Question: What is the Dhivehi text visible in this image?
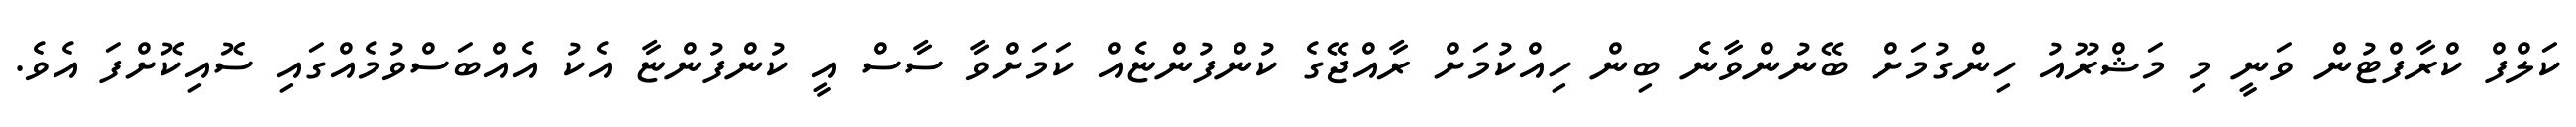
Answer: ކަލްފް ކްރާފްޓުން ވަނީ މި މަޝްރޫއު ހިންގުމަށް ބޭނުންވާނެ ބިން ހިއްކުމަށް ރާއްޖޭގެ ކުންފުންޏެއް ކަމަށްވާ ސާސް އީ ކުންފުންޏާ އެކު އެއްބަސްވުމެއްގައި ސޮއިކޮށްފަ އެވެ.